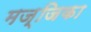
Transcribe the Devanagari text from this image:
मज्जिका